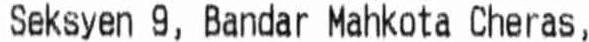
SEKSYEN 9, BANDAR MAHKOTA CHERAS,